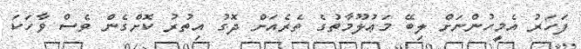
ފަހަރު އެމީހުންނަށް ލިބޭ މަޢުލޫމާތުގެ ތެރެއަށް ދޮގު އިތުރު ކޮށްގެން ވެސް ވާހަކަ